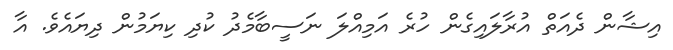
އިޝާން ދެއަތް އުރާލައިގެން ހުރެ އަމިއްލަ ނަސީބާމެދު ކުދި ކިޔަމުން ދިޔައެވެ. އާ